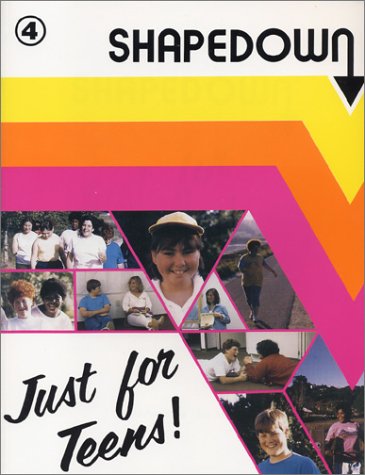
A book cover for Shapedown: Just for Teens!; Laurel Mellin; Illustrator-Martha Weston; Health, Fitness & Dieting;